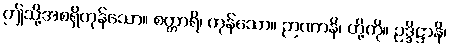
ဤသို့အစရှိကုန်သော။ စတ္တာရိ၊ ကုန်သော။ ဉာဏာနိ၊ တို့ကို။ ဥဒ္ဒိဋ္ဌာနိ၊